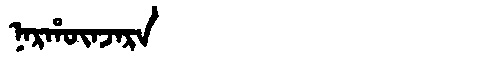
Manchu: ᠨᠠᡵᡥᡡᠨᠵᠠᡵᠠ
Romanization: NARHŪNJARA